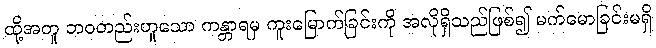
ထို့အတူ ဘဝတည်းဟူသော ကန္တာရမှ ကူးမြောက်ခြင်းကို အလိုရှိသည်ဖြစ်၍ မက်မောခြင်းမရှိ